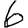
Digit: 6